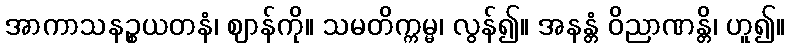
အာကာသနဉ္စယတနံ၊ ဈာန်ကို။ သမတိက္ကမ္မ၊ လွန်၍။ အနန္တံ ဝိညာဏန္တိ၊ ဟူ၍။